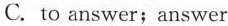
C. to answer;answer